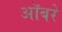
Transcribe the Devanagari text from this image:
ऑबरे